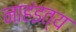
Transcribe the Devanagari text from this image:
नाहंइत्य